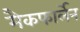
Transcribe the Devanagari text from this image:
मैकफार्लेन